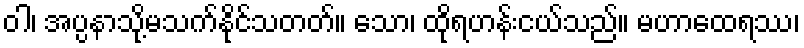
ဝါ၊ အပ္ပနာသို့မသက်နိုင်သတတ်။ သော၊ ထိုရဟန်းငယ်သည်။ မဟာထေရဿ၊